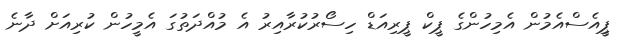
ޕިީއެސްއެމުން އެމިހުންގެ ޕީކް ޕީރިއަޑް ހިސޯރުކުރާއިރު އެ މުއްދަތުގަ އެމީހުން ކުރިއަށް ދާނެ